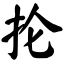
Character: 抡